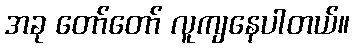
အခု တော်တော် လူကျနေပါတယ်။